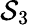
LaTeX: \mathcal{S}_{3}